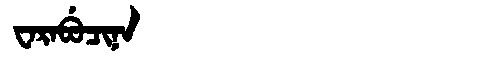
Manchu: ᠸᠠᡵᠠᠪᡠᠴᡳᠨᠠ
Romanization: WARABUCINA